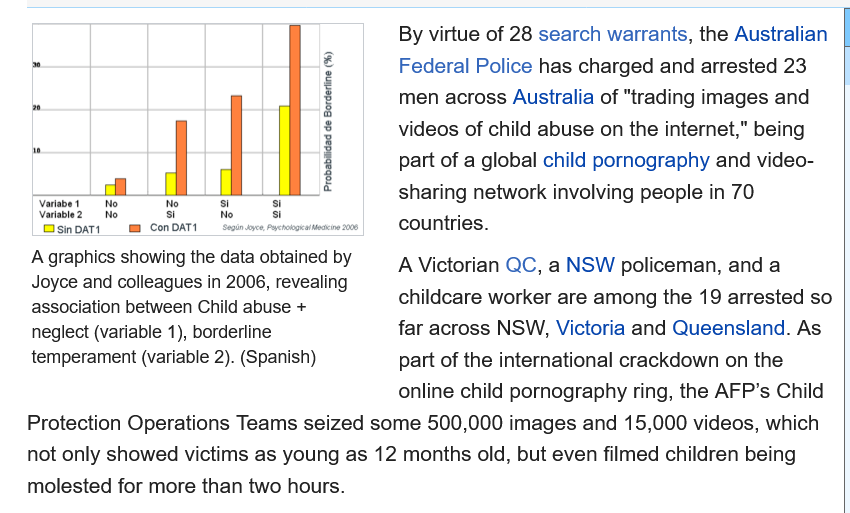
By virtue of 28 search warrants, the Australian
     Federal Police has charged and arrested 23
     men across Australia of "trading images and
     videos of child abuse on the internet,” being
     part of a global child pornography and video-
     sharing network involving people in 70
     countries.
     A Victorian QC, a NSW policeman, and a
     childcare worker are among the 19 arrested so
     far across NSW, Victoria and Queensland. As
     part of the international crackdown on the
     online child pornography ring, the AFP’s Child
   Protection Operations Teams seized some 500,000 images and 15,000 videos, which
   not only showed victims as young as 12 months old, but even filmed children being
   molested for more than two hours.
   Agraphics showing the data obtained by
   Joyce and colleagues in 2006, revealing
   association between Child abuse +
   neglect (variable 1), borderline
   temperament (variable 2). (Spanish)
     Con DAT1. Sin DAT1  Segiin Joyoe, Paychovogical Medicine 2008